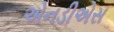
એનડીએસ